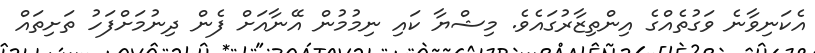
އެކަނިވާނެ ވަގުތެއްގެ އިންތިޒާރުގައެވެ. މިޝްޔާ ކައި ނިމުމުން އޭނާއަށް ފެން ދިނުމަށްފަހު ތަށިތައް